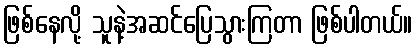
ဖြစ်နေလို့ သူနဲ့အဆင်ပြေသွားကြတာ ဖြစ်ပါတယ်။